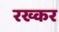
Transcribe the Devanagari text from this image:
रख्कर